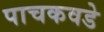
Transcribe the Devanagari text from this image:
पाचकवडे